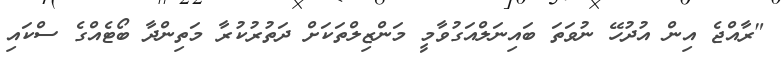
"ރާއްޖެ އިން އުދުހޭ ނުވަތަ ބައިނަލްއަގުވާމީ މަންޒިލްތަކަށް ދަތުރުކުރާ މަތިންދާ ބޯޓެއްގެ ސްކައި